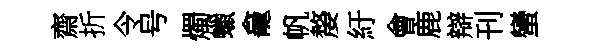
齋折令号燭蠟龕帆嫠紆會鹿辯刊蠻